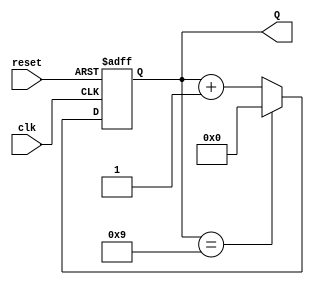
module decade_counter (
    input wire clk,         // Clock input
    input wire reset,       // Asynchronous reset input
    output reg [3:0] Q      // 4-bit output representing the counter value
);

// Asynchronous reset and counter logic
always @(posedge clk or posedge reset) begin
    if (reset) begin
        Q <= 4'b0000; // Reset counter to 0
    end else begin
        if (Q == 4'b1001) begin
            Q <= 4'b0000; // Reset to 0 when reaching 10 (1010)
        end else begin
            Q <= Q + 1; // Increment counter
        end
    end
end

endmodule